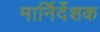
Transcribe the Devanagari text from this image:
मार्निर्देशक